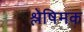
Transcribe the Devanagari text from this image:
श्लेषिमक